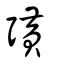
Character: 彉